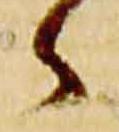
々